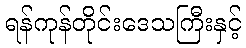
ရန်ကုန်တိုင်းဒေသကြီးနှင့်